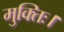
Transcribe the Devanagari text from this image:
मुक्तिः।